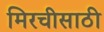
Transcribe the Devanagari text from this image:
मिरचीसाठी